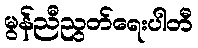
မွန်ညီညွတ်ရေးပါတီ